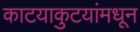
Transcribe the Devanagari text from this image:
काटयाकुटयांमधून